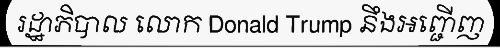
រដ្ឋាភិបាល លោក Donald Trump នឹងអញ្ជើញ